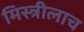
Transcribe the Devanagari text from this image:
मिस्त्रीलाच